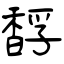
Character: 馟